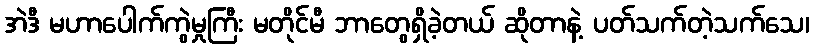
အဲဒီ မဟာပေါက်ကွဲမှုကြီး မတိုင်မီ ဘာတွေရှိခဲ့တယ် ဆိုတာနဲ့ ပတ်သက်တဲ့သက်သေ၊